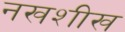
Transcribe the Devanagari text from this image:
नखशीख